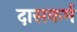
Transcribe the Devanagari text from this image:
दासकर्म